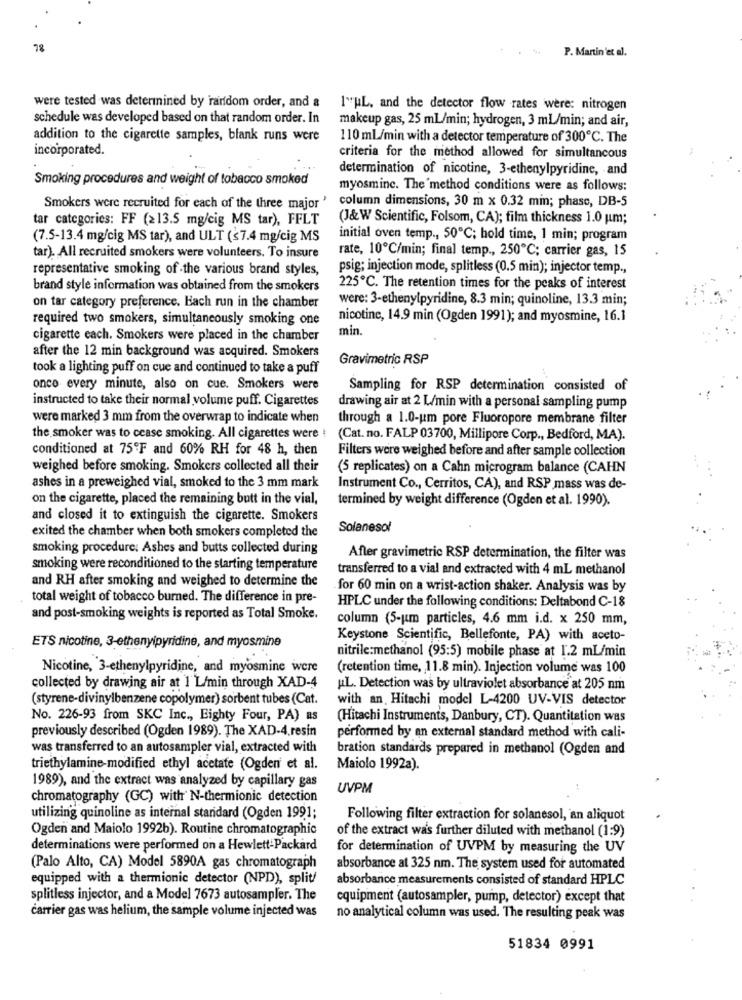
78
P. Martin'et al.
were tested was determined by random order, and a 1"UL, and the detector flow rates were: nitrogen
schedule was developed based on that random order. In
makeup gas, 25 ml/min; hydrogen, 3 mL/min; and air,
addition to the cigarette samples, blank runs were
110 mL/min with a detector temperature of 300℃. The
incorporated.
criteria for the method allowed for simultancous
determination of nicotine, 3-ethenylpyridine, and
Smoking procedures and weight of tobacco smoked
myosminc. The method conditions were as follows:
column dimensions, 30 m x 0.32 min; phase, DB-5
Smokers were recruited for each of the three major '
tar categories: FF (≥13.5 mg/cig MS tar), FFLT
(J&W Scientific, Folsom, CA); film thickness 1.0 um;
(7.5-13.4 mg/cig MS tar), and ULT (s7.4 mg/cig MS
initial oven temp ., 50℃; hold time, 1 min; program
rate, 10℃/min; final temp ., 250℃; carrier gas, 15
tar). All recruited smokers were volunteers. To insure
representative smoking of the various brand styles,
psig; injection mode, splitless (0.5 min); injector temp .,
brand style information was obtained from the smokers
225℃. The retention times for the peaks of interest
were: 3-ethenylpyridine, 8.3 min; quinoline, 13.3 min;
on tar category preference. Bach run in the chamber
required two smokers, simultaneously smoking one
nicotine, 14.9 min (Ogden 1991); and myosmine, 16.1
min.
cigarette each. Smokers were placed in the chamber
after the 12 min background was acquired. Smokers
Gravimetric RSP
took a lighting puff on cue and continued to take a puff
once every minute, also on cue. Smokers were
Sampling for RSP determination consisted of
instructed to take their normal volume puff. Cigarettes
drawing air at 2 L/min with a personal sampling pump
were marked 3 mm from the overwrap to indicate when
through a 1.0-um pore Fluoropore membrane filter
the smoker was to cease smoking. All cigarettes were !
(Cat. no. FALP 03700, Millipore Corp ., Bedford, MA).
conditioned at 75ºF and 60% RH for 48 h, then
Filters were weighed before and after sample collection
weighed before smoking. Smokers collected all their
(5 replicates) on a Cahn microgram balance (CAHN
ashes in a preweighed vial, smoked to the 3 mm mark
Instrument Co ., Cerritos, CA), and RSP mass was de-
on the cigarette, placed the remaining butt in the vial,
termined by weight difference (Ogden et al. 1990).
and closed it to extinguish the cigarette. Smokers
Solanesol
exited the chamber when both smokers completed the
smoking procedure: Ashes and butts collected during
After gravimetric RSP determination, the filter was
smoking were reconditioned to the starting temperature
transferred to a vial and extracted with 4 mL methanol
and RH after smoking and weighed to determine the
for 60 min on a wrist-action shaker. Analysis was by
total weight of tobacco burned. The difference in pre-
HPLC under the following conditions: Deltabond C-18
and post-smoking weights is reported as Total Smoke.
column (5-um particles, 4.6 mm i.d. x 250 mm,
Keystone Scientific, Bellefonte, PA) with aceto-
ETS nicotine, 3-ethenyipyridine, and myosmine
nitrile:methanol (95:5) mobile phase at 1.2 mL/min
Nicotine, 3-ethenylpyridine, and myosmine were
(retention time, 11.8 min). Injection volume was 100
collected by drawing air at 1 L/min through XAD-4
UL. Detection was by ultraviolet absorbance at 205 nm
(styrene-divinylbenzene copolymer) sorbent tubes (Cat.
with an, Hitachi model L-4200 UV-VIS detector
No. 226-93 from SKC Inc ., Eighty Four, PA) as
(Hitachi Instruments, Danbury, CT). Quantitation was
previously described (Ogden 1989). The XAD-4,resin
performed by an external standard method with cali-
was transferred to an autosampler vial, extracted with
bration standards prepared in methanol (Ogden and
triethylamine-modified ethyl acetate (Ogden' et al.
Maiolo 1992a).
1989), and the extract was analyzed by capillary gas
UVPM
chromatography (GC) with' N-thermionic detection
utilizing quinoline as internal standard (Ogden 1991;
Following filter extraction for solanesol, an aliquot
Ogden and Maiolo 1992b). Routine chromatographic
of the extract was further diluted with methanol (1:9)
determinations were performed on a Hewlett-Packard
for determination of UVPM by measuring the UV
(Palo Alto, CA) Model 5890A gas chromatograph
absorbance at 325 nm. The system used for automated
equipped with a thermionic detector (NPD), split/
absorbance measurements consisted of standard HPLC
splitless injector, and a Model 7673 autosampler. The
equipment (autosampler, pump, detector) except that
carrier gas was helium, the sample volume injected was
no analytical column was used. The resulting peak was
51834 0991